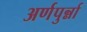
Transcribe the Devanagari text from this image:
अर्णपुर्न्ना